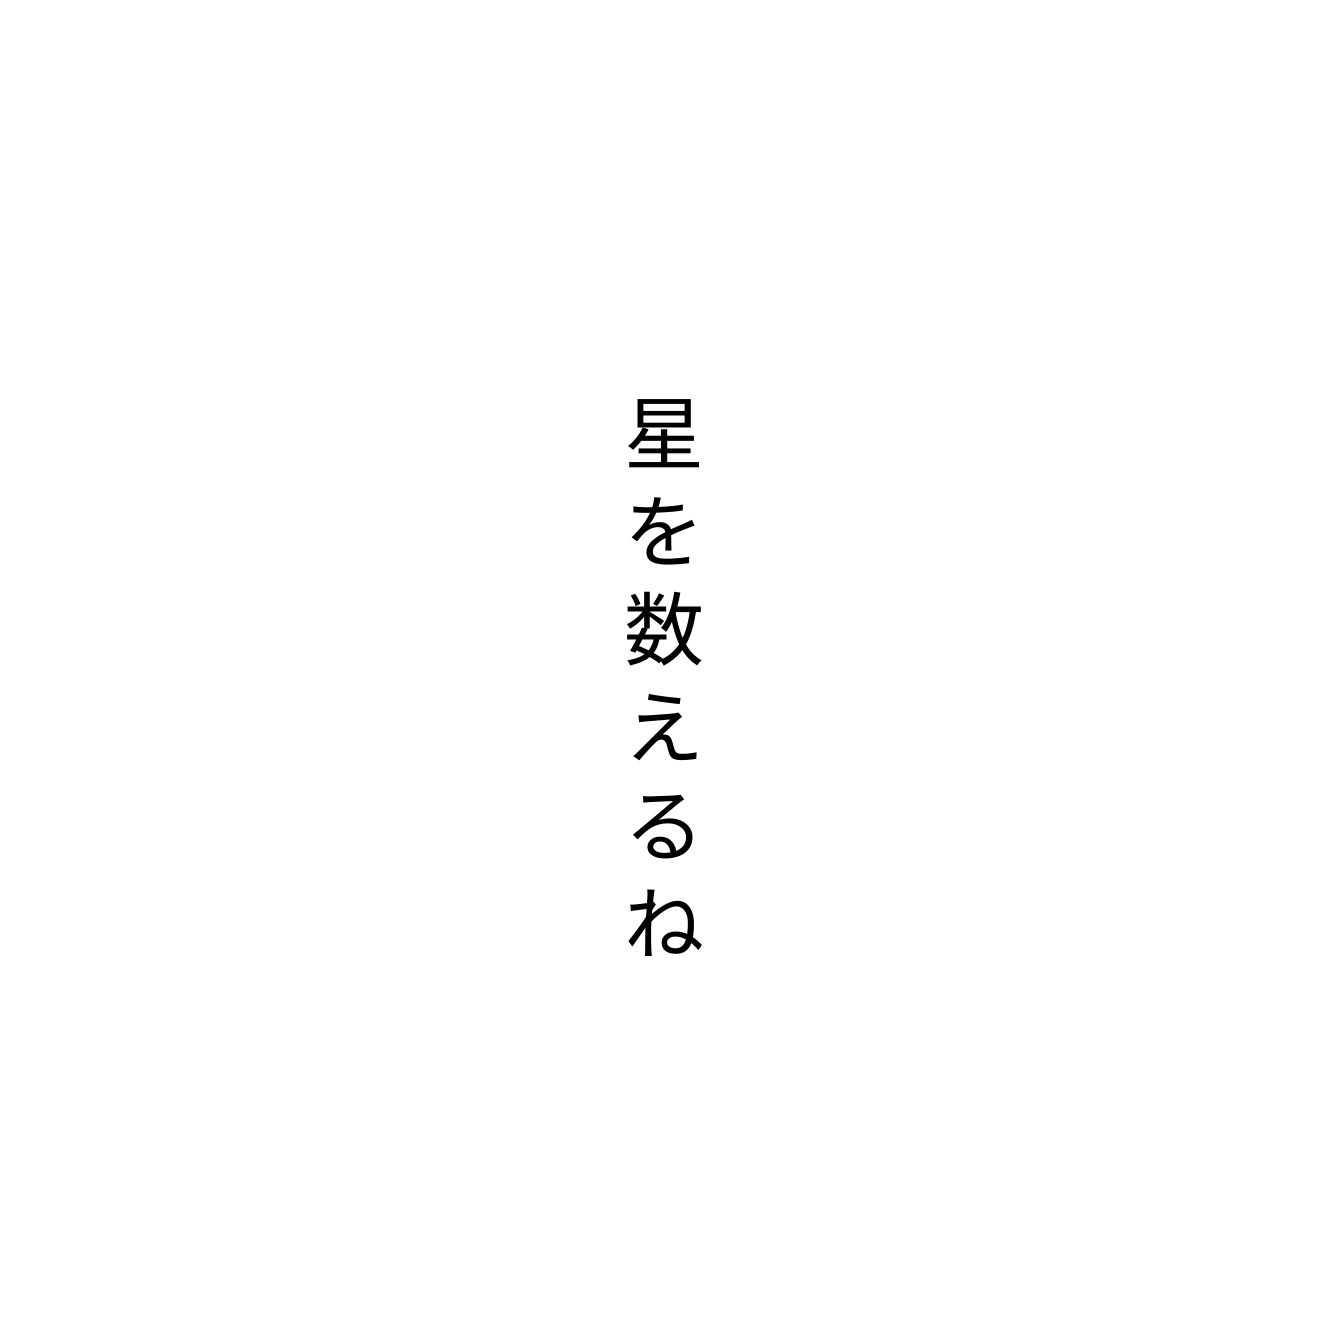
星を数えるね